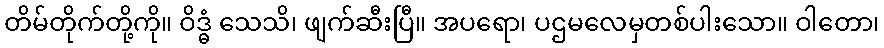
တိမ်တိုက်တို့ကို။ ဝိဒ္ဓံ သေသိ၊ ဖျက်ဆီးပြီ။ အပရော၊ ပဌမလေမှတစ်ပါးသော။ ဝါတော၊